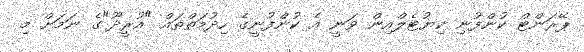
ޕޭރަންޓް ކުންފުނި ކިޔުޓެލްއިން ވަނީ އެ ކުންފުނީގެ ހިދުމަތްތައް "އުރީދޫ"ގެ ނަމަށް މި